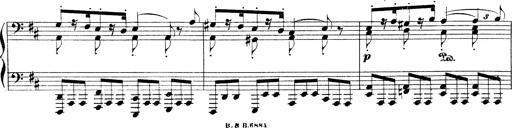
Title: Illustrations de l'opÃ©ra L'Africaine
Composer: Franz Liszt